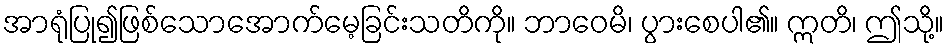
အာရုံပြု၍ဖြစ်သောအောက်မေ့ခြင်းသတိကို။ ဘာဝေမိ၊ ပွားစေပါ၏။ ဣတိ၊ ဤသို့။